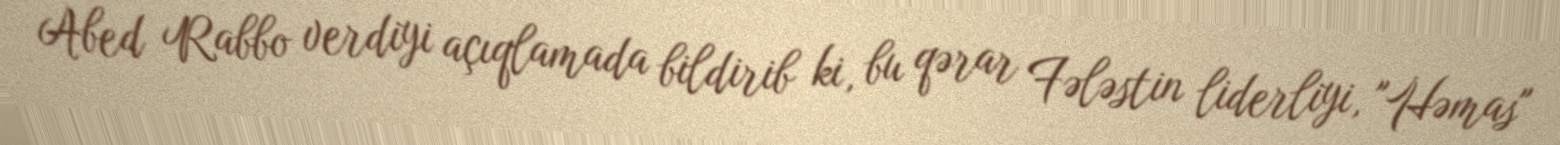
Abed Rabbo verdiyi açıqlamada bildirib ki, bu qərar Fələstin liderliyi, "Həmas"